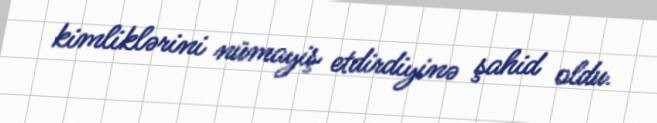
kimliklərini nümayiş etdirdiyinə şahid oldu.